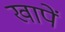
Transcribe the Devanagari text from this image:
खापें